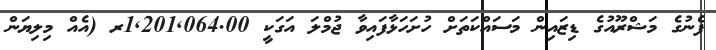
ފެނުގެ މަޝްރޫއުގެ ޑިޒައިން މަސައްކަތަށް ހުށަހަޅާފައިވާ ޖުމްލަ އަގަކީ 1